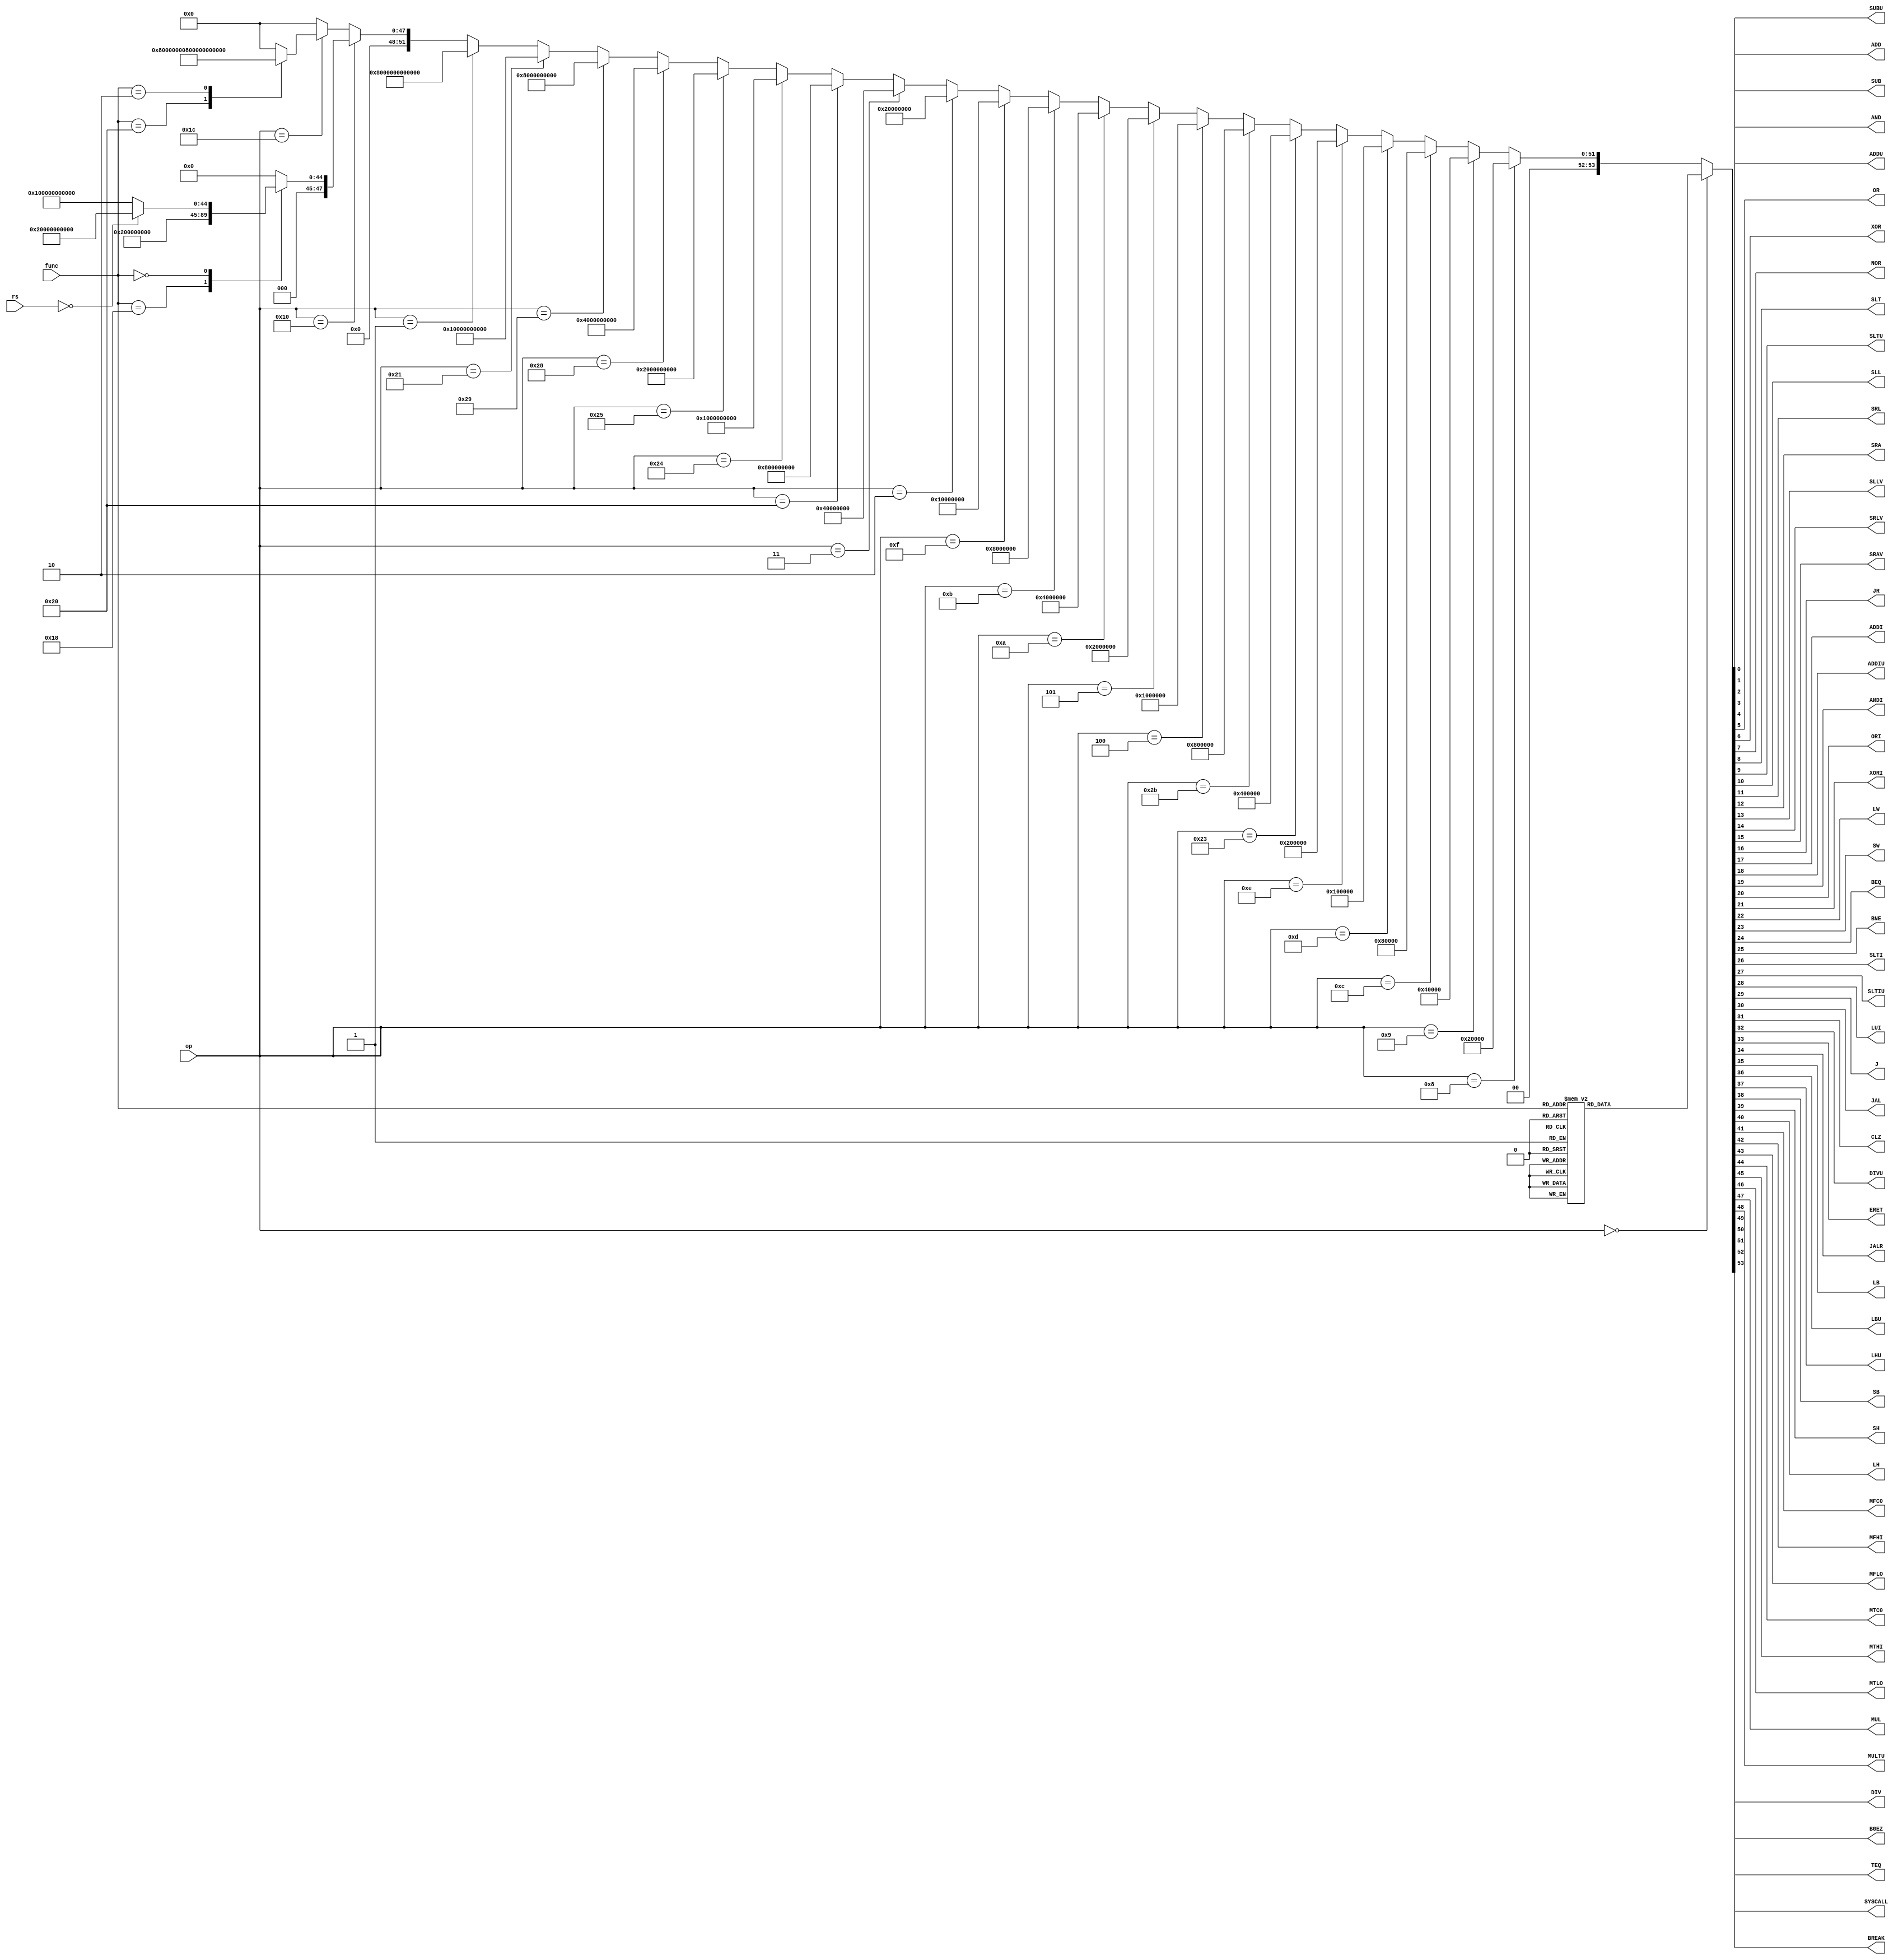
`timescale 1ns / 1ps
//////////////////////////////////////////////////////////////////////////////////
// Company: 
// Engineer: 
// 
// Design Name: 
// Module Name: Instruction_Decoder
// Project Name: 
// Target Devices: 
// Tool Versions: 
// Description: 
// 
// Dependencies: 
// 
// Revision:
// Revision 0.01 - File Created
// Additional Comments:
// 
//////////////////////////////////////////////////////////////////////////////////


module Instruction_Decoder(
    input [5:0]op,
    input [4:0]rs,
    input [5:0]func,
    output ADD,
    output ADDU,
    output SUB,
    output SUBU,
    output AND,
    output OR,
    output XOR,
    output NOR,
    output SLT,
    output SLTU,
    output SLL,
    output SRL,
    output SRA,
    output SLLV,
    output SRLV,
    output SRAV,
    output JR,
    output ADDI,
    output ADDIU,
    output ANDI,
    output ORI,
    output XORI,
    output LW,
    output SW,
    output BEQ,
    output BNE,
    output SLTI,
    output SLTIU,
    output LUI,
    output J,
    output JAL,
    output CLZ,
    output DIVU,
    output ERET,
    output JALR,
    output LB,
    output LBU,
    output LHU,
    output SB,
    output SH,
    output LH,
    output MFC0,
    output MFHI,
    output MFLO,
    output MTC0,
    output MTHI,
    output MTLO,//o
    output MUL,
    output MULTU,
    output SYSCALL,
    output TEQ,
    output BGEZ,
    output BREAK,
    output DIV
    );
    reg [53:0]IC;
    assign ADD=IC[0];
    assign ADDU=IC[1];
    assign SUB=IC[2];
    assign SUBU=IC[3];
    assign AND=IC[4];
    assign OR=IC[5];
    assign XOR=IC[6];
    assign NOR=IC[7];
    assign SLT=IC[8];
    assign SLTU=IC[9];
    assign SLL=IC[10];
    assign SRL=IC[11];
    assign SRA=IC[12];
    assign SLLV=IC[13];
    assign SRLV=IC[14];
    assign SRAV=IC[15];
    assign JR=IC[16];
    assign ADDI=IC[17];
    assign ADDIU=IC[18];
    assign ANDI=IC[19];
    assign ORI=IC[20];
    assign XORI=IC[21];
    assign LW=IC[22];
    assign SW=IC[23];
    assign BEQ=IC[24];
    assign BNE=IC[25];
    assign SLTI=IC[26];
    assign SLTIU=IC[27];
    assign LUI=IC[28];
    assign J=IC[29];
    assign JAL=IC[30];
    assign CLZ=IC[31];
    assign DIVU=IC[32];
    assign ERET=IC[33];
    assign JALR=IC[34];
    assign LB=IC[35];
    assign LBU=IC[36];
    assign LHU=IC[37];
    assign SB=IC[38];
    assign SH=IC[39];
    assign LH=IC[40];
    assign MFC0=IC[41];
    assign MFHI=IC[42];
    assign MFLO=IC[43];
    assign MTC0=IC[44];
    assign MTHI=IC[45];
    assign MTLO=IC[46];
    assign MUL=IC[47];
    assign MULTU=IC[48];
    assign SYSCALL=IC[49];
    assign TEQ=IC[50];
    assign BGEZ=IC[51];
    assign BREAK=IC[52];
    assign DIV=IC[53];
    always @(*)
    begin
    if(op==6'b000000)
      begin
      case(func)
      6'b100000:IC={23'b0,31'b0000000_00000000_00000000_00000001};//add
      6'b100001:IC={23'b0,31'b0000000_00000000_00000000_00000010};//addu
      6'b100010:IC={23'b0,31'b0000000_00000000_00000000_00000100};//sub
      6'b100011:IC={23'b0,31'b0000000_00000000_00000000_00001000};//subu
      6'b100100:IC={23'b0,31'b0000000_00000000_00000000_00010000};//and
      6'b100101:IC={23'b0,31'b0000000_00000000_00000000_00100000};//or
      6'b100110:IC={23'b0,31'b0000000_00000000_00000000_01000000};//xor
      6'b100111:IC={23'b0,31'b0000000_00000000_00000000_10000000};//nor
      6'b101010:IC={23'b0,31'b0000000_00000000_00000001_00000000};//slt
      6'b101011:IC={23'b0,31'b0000000_00000000_00000010_00000000};//sltu
      6'b000000:IC={23'b0,31'b0000000_00000000_00000100_00000000};//sll
      6'b000010:IC={23'b0,31'b0000000_00000000_00001000_00000000};//srl
      6'b000011:IC={23'b0,31'b0000000_00000000_00010000_00000000};//sra
      6'b000100:IC={23'b0,31'b0000000_00000000_00100000_00000000};//sllv
      6'b000110:IC={23'b0,31'b0000000_00000000_01000000_00000000};//srlv
      6'b000111:IC={23'b0,31'b0000000_00000000_10000000_00000000};//srav
      6'b001000:IC={23'b0,31'b0000000_00000001_00000000_00000000};//jr
      6'b001001:IC={18'b0,36'b010000000_000000000_000000000_000000000};//jalr
      6'b011011:IC={21'b0,1'b1,32'b0};//divu
      6'b010000:IC={11'b0,1'b1,42'b0};//mfhi
      6'b010010:IC={10'b0,1'b1,43'b0};//mflo
      6'b010001:IC={8'b0,1'b1,45'b0};//mthi
      6'b010011:IC={7'b0,1'b1,46'b0};//mtlo
      6'b011001:IC={5'b0,1'b1,48'b0};//multu
      6'b001100:IC={4'b0,1'b1,49'b0};//syscall
      6'b110100:IC={3'b0,1'b1,50'b0};//teq
      6'b001101:IC={1'b0,1'b1,52'b0};//break
      6'b011010:IC={1'b1,53'b0};//div
      default:IC={23'b0,31'b0000000_00000000_00000000_00000000};//jr
      endcase
      end
    else if(op==6'b001000)//addi
      IC={23'b0,31'b0000000_00000010_00000000_00000000};
    else if(op==6'b001001)//addiu       
      IC={23'b0,31'b0000000_00000100_00000000_00000000};
    else if(op==6'b001100)//andi
      IC={23'b0,31'b0000000_00001000_00000000_00000000};
    else if(op==6'b001101)//ori
      IC={23'b0,31'b0000000_00010000_00000000_00000000};
    else if(op==6'b001110)//xori
      IC={23'b0,31'b0000000_00100000_00000000_00000000};
    else if(op==6'b100011)//lw
      IC={23'b0,31'b0000000_01000000_00000000_00000000};
    else if(op==6'b101011)//sw
      IC={23'b0,31'b0000000_10000000_00000000_00000000};
    else if(op==6'b000100)//beq
      IC={23'b0,31'b0000001_00000000_00000000_00000000};
    else if(op==6'b000101)//bne
      IC={23'b0,31'b0000010_00000000_00000000_00000000};
    else if(op==6'b001010)//slti
      IC={23'b0,31'b0000100_00000000_00000000_00000000};
    else if(op==6'b001011)//sltiu
      IC={23'b0,31'b0001000_00000000_00000000_00000000};
    else if(op==6'b001111)//lui
      IC={25'b0,1'b1,28'b0};
    else if(op==6'b000010)//j
      IC={24'b0,1'b1,29'b0};
    else if(op==6'b000011)//jal
      IC={23'b0,31'b1000000_00000000_00000000_00000000};
     else if(op==6'b100000)//lb
     IC={18'b0,1'b1,35'b0};
     else if(op==6'b100100)//lbu
     IC={17'b0,1'b1,36'b0};
     else if(op==6'b100101)//lhu
     IC={16'b0,1'b1,37'b0};
     else if(op==6'b101000)//sb
     IC={15'b0,1'b1,38'b0};
     else if(op==6'b101001)//sh
     IC={14'b0,1'b1,39'b0};
     else if(op==6'b100001)//lh
     IC={13'b0,1'b1,40'b0};
     else if(op==6'b000001)//bgez
      IC={2'b0,1'b1,51'b0};
      
     else if(op==6'b010000)
     begin
     case(func)
     6'b011000:IC={20'b0,1'b1,33'b0};//eret
     6'b000000:begin
     if(rs==5'b00000) IC={12'b0,1'b1,41'b0};//mcfo
     else IC={9'b0,1'b1,44'b0};//mtc0
     end
     default:IC=54'b0;
     endcase
     end
     
     else if(op==6'b011100)
     begin
     case(func)
     6'b100000:IC={22'b0,32'b10000000_00000000_00000000_00000000};//clz
     6'b000010:IC={6'b0,1'b1,47'b0};//mul
     default:IC=54'b0;
     endcase
     end
     
    else
      IC=54'b0;
    end
endmodule